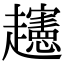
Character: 𧾨